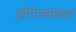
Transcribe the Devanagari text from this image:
होगेनक्कल